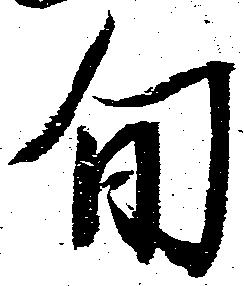
旬